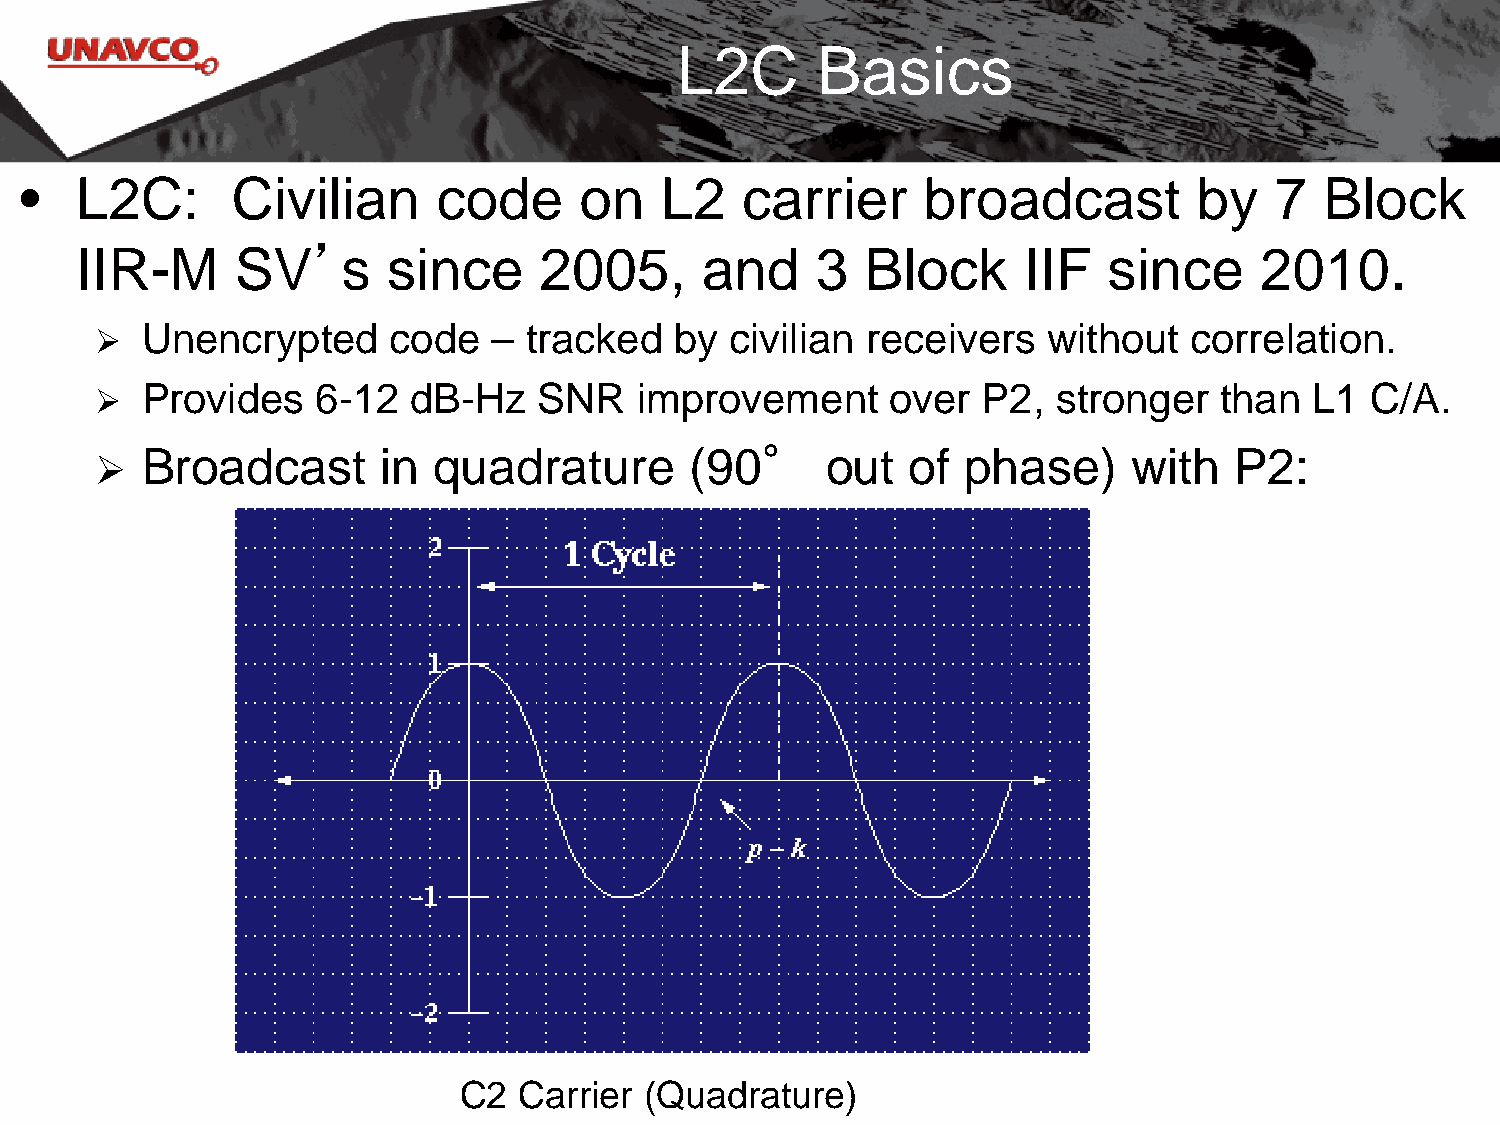
L2C      Basics
 •   L2C:      Civilian      code     on    L2   carrier     broadcast         by   7   Block
 ’
 IIR-M      SV     s  since     2005,     and     3  Block      IIF  since     2010.
   Unencrypted      code   – tracked   by civilian receivers   without   correlation.
   Provides    6-12  dB-Hz    SNR   improvement      over  P2,  stronger   than  L1  C/A.
 °
   Broadcast       in  quadrature       (90      out  of  phase)     with   P2:
 C2  Carrier  (Quadrature)